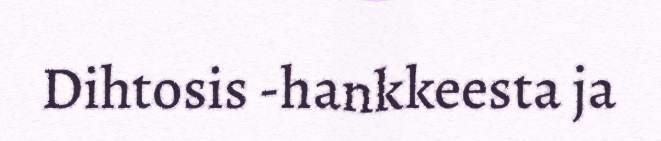
Dihtosis -hankkeesta ja